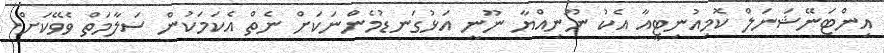
އިންޓަނޭޝަނަލް ކޮމިއުނިޓީއާ އެކު ނޫނިއްޔާ ނޫނީ އަޅުގަނޑުމެންނަކަށް ނެތް އެކަމަކުން ސަލާމަތް ވެވޭކަށް.